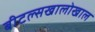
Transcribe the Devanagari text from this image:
बीटल्सखालोखाल